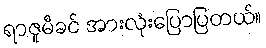
ရာဇူမီခင် အားလုံးပြောပြတယ်။